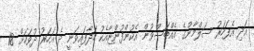
އަދި އެފަހަރު ސަލްމާންގެ އެއްބަސްވުން އެކުންފުންޏާއެކު ހަދާފައިވަނީ ދެ އަހަރު ދުވަހަށް 18